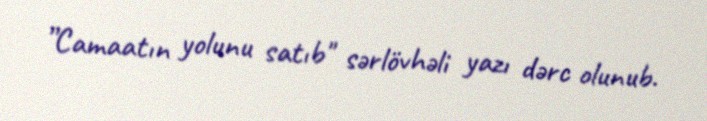
”Camaatın yolunu satıb" sərlövhəli yazı dərc olunub.